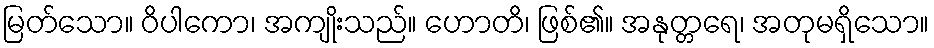
မြတ်သော။ ဝိပါကော၊ အကျိုးသည်။ ဟောတိ၊ ဖြစ်၏။ အနုတ္တရေ၊ အတုမရှိသော။